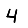
Digit: 4